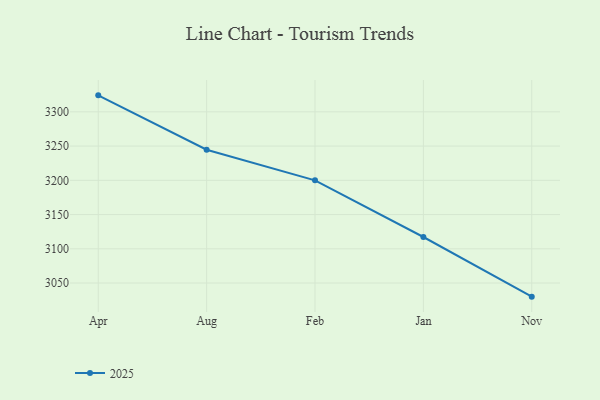
{"axis": {"x": "Month", "y": "Demand Index"}, "legend": ["2025"], "data": [{"x": "Apr", "y": 3324.1, "type": "2025"}, {"x": "Aug", "y": 3244.7, "type": "2025"}, {"x": "Feb", "y": 3200.0, "type": "2025"}, {"x": "Jan", "y": 3117.2, "type": "2025"}, {"x": "Nov", "y": 3030.1, "type": "2025"}]}